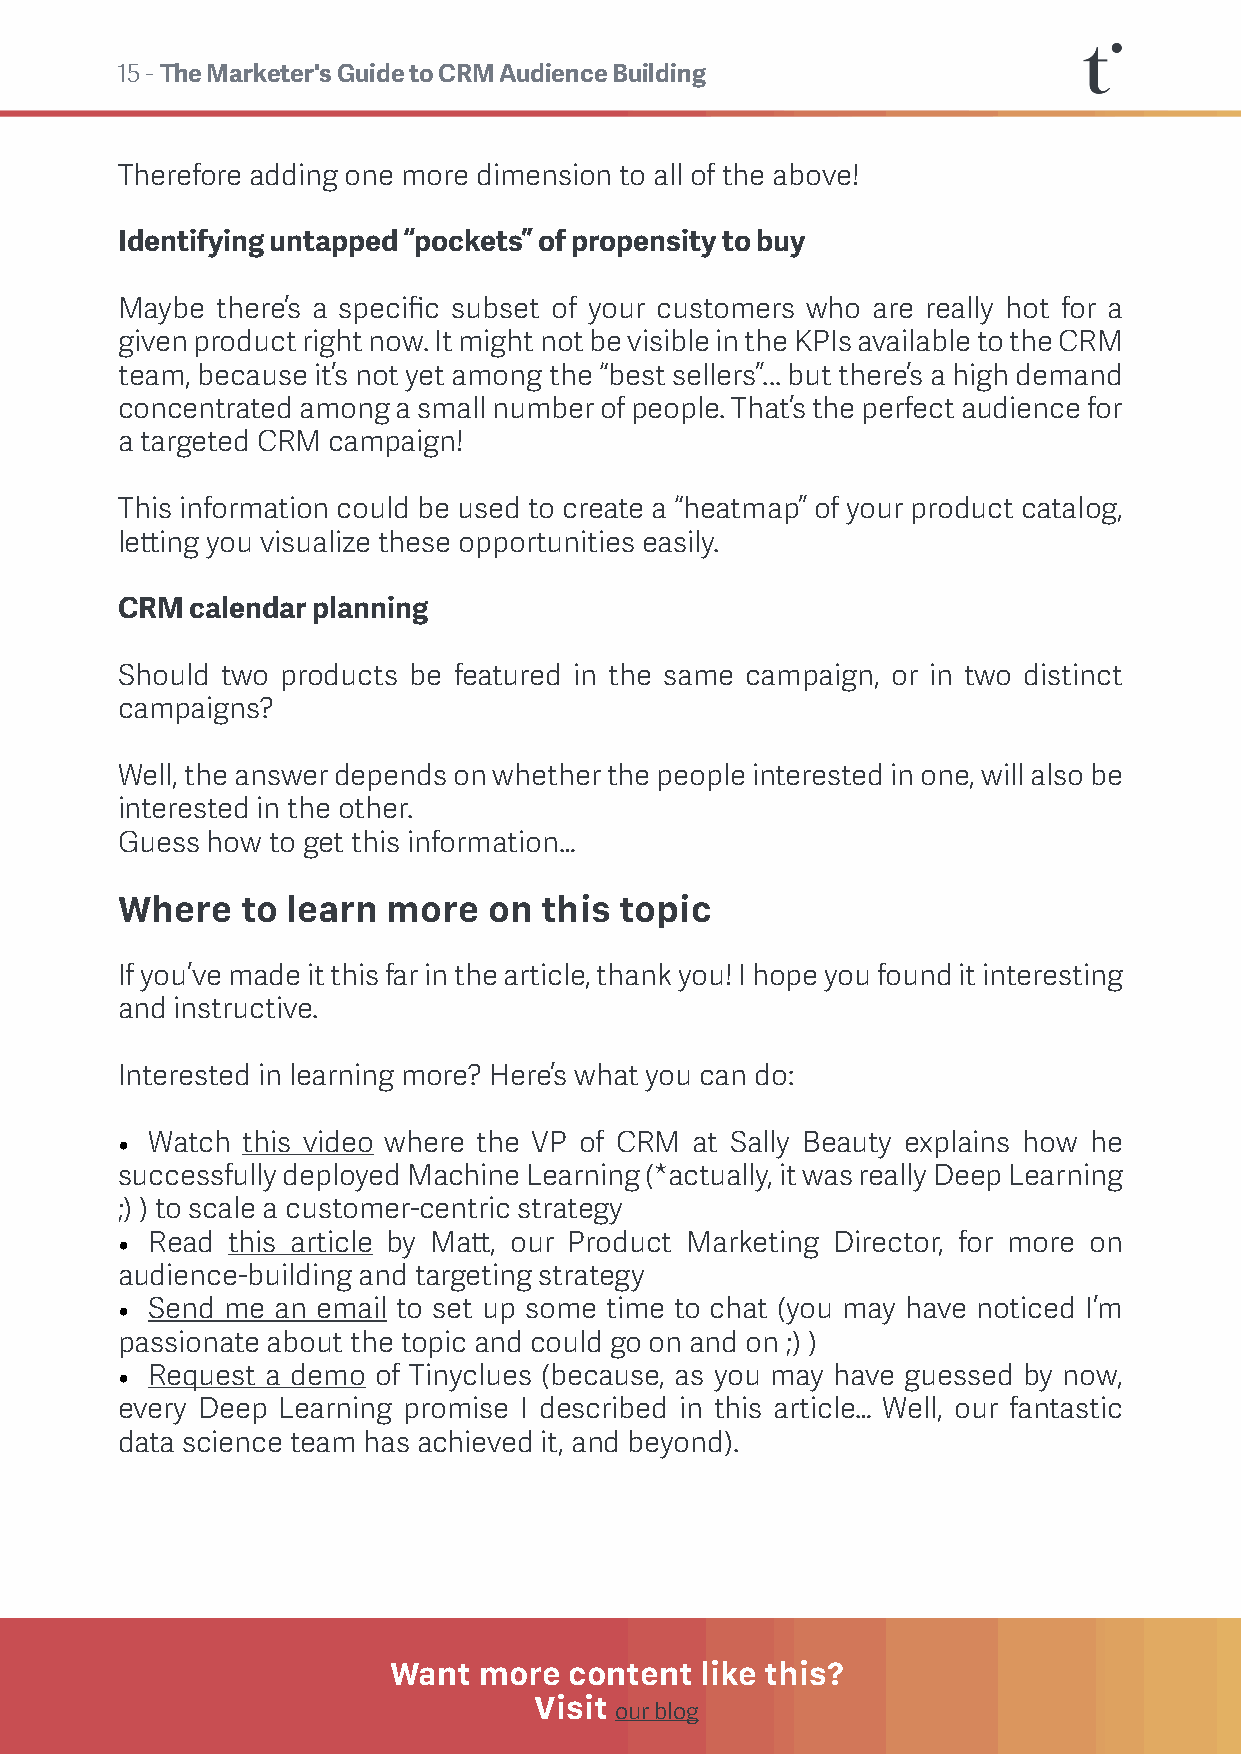
15 - The Marketer's Guide to CRM Audience Building
 Therefore adding one more dimension to all of the above!
 Identifying untapped “pockets” of propensity to buy
 Maybe there’s a specific subset of your customers who are really hot for a
 given product right now. It might not be visible in the KPIs available to the CRM
 team, because it’s not yet among the “best sellers”... but there’s a high demand
 concentrated among a small number of people. That’s the perfect audience for
 a targeted CRM campaign!
 This information could be used to create a “heatmap” of your product catalog,
 letting you visualize these opportunities easily.
 CRM  calendar planning
 Should two products be featured in the same campaign, or in two distinct
 campaigns?
 Well, the answer depends on whether the people interested in one, will also be
 interested in the other.
 Guess how to get this information…
 Where   to learn  more  on  this topic
 If you’ve made it this far in the article, thank you! I hope you found it interesting
 and instructive.
 Interested in learning more? Here’s what you can do:
 • Watch this video where the VP of CRM at Sally Beauty explains how he
 successfully deployed Machine Learning (*actually, it was really Deep Learning
 ;) ) to scale a customer-centric strategy
 • Read this article by Matt, our Product Marketing Director, for more on
 audience-building and targeting strategy
 • Send me an email to set up some time to chat (you may have noticed I’m
 passionate about the topic and could go on and on ;) )
 • Request a demo of Tinyclues (because, as you may have guessed by now,
 every Deep Learning promise I described in this article… Well, our fantastic
 data science team has achieved it, and beyond).
 Want  more  content like this?
 Visit
 our blog